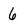
Character: 6